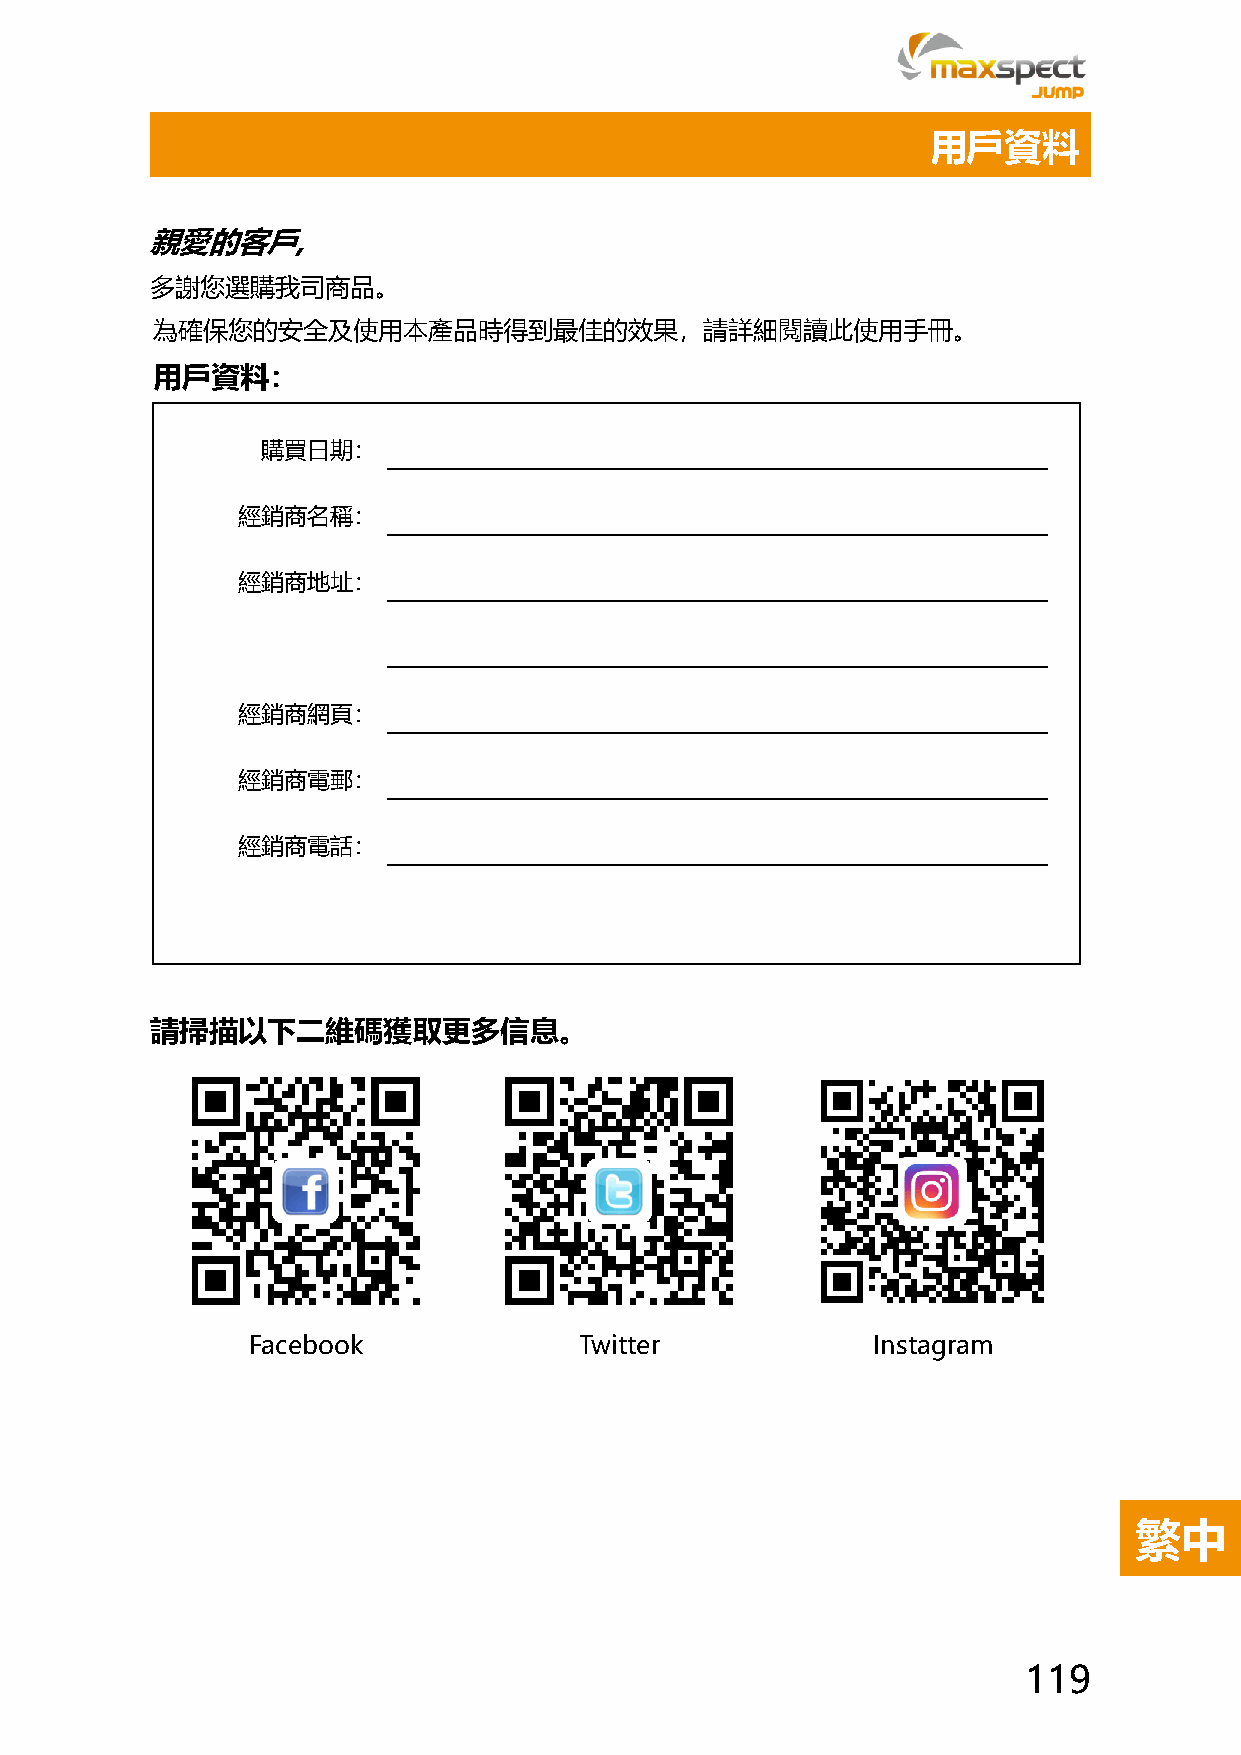
用戶資料
 親愛的客戶,
 多謝您選購我司商品。
 為確保您的安全及使用本產品時得到最佳的效果，請詳細閱讀此使用手冊。
 用戶資料：
 購買日期：
 經銷商名稱：
 經銷商地址：
 經銷商網頁：
 經銷商電郵：
 經銷商電話：
 請掃描以下二維碼獲取更多信息。
 Facebook              Twitter             Instagram
 繁中
 119